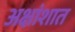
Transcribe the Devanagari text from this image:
अक्षांशात